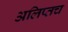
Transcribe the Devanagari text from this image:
अलिप्तच